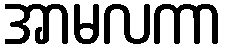
အာမလကာ